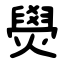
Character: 燢